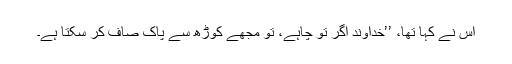
اُس نے کہا تھا، ’’خُداوند اگر تو چاہے، تو مجھے کوڑھ سے پاک صاف کر سکتا ہے۔